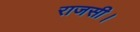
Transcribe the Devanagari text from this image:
राजसी।